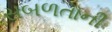
સબળતાની